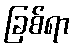
ခြစ်ရာ